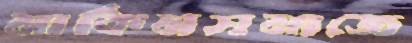
মার্কিনসমাজে